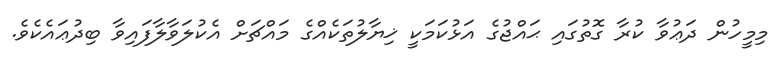
މިމީހުން ދަޢުވާ ކުރާ ގޮތުގައި ޙައްޖުގެ އަޅުކަމަކީ ޚިޔާލުތަކެއްގެ މައްޗަށް އެކުލަވާލާފައިވާ ބިދުޢައެކެވެ.